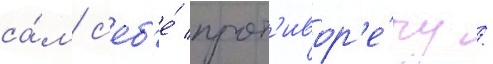
са́м с'еб'е́ прот'ивор'е́чу /